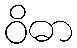
ဝိဓာ